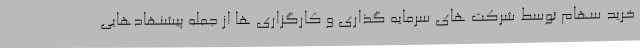
خرید سهام توسط شرکت های سرمایه گذاری و کارگزاری ها از جمله پیشنهادهایی